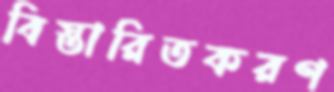
বিস্তারিতকরণ